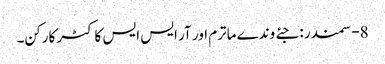
8- سمندر : جئے وندے ماترم اور آر ایس ایس کا کٹر کارکن۔